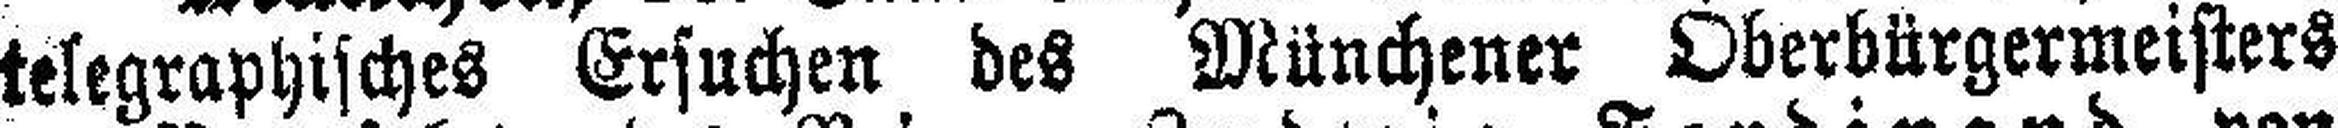
telegraphisches Ersuchen des Münchener Oberbürgermeisters